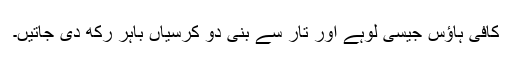
کافی ہاﺅس جیسی لوہے اور تار سے بنی دو کرسیاں باہر رکھ دی جاتیں۔